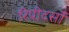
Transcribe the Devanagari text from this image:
रिपीटर्सों